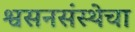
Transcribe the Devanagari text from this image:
श्वसनसंस्थेचा